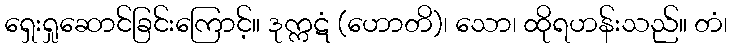
ရှေးရှုဆောင်ခြင်းကြောင့်။ ဒုက္ကဋံ (ဟောတိ)၊ သော၊ ထိုရဟန်းသည်။ တံ၊